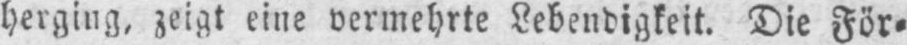
herging, zeigt eine vermehrte Lebendigkeit. Die För⸗